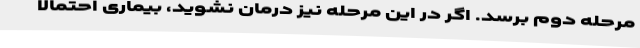
مرحله دوم برسد. اگر در این مرحله نیز درمان نشوید، بیماری احتمالاً